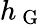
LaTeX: h_{\mathrm{~G~}}